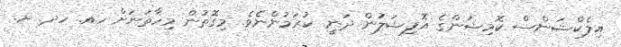
އިލެކްޝަންސް ކޮމިޝަންގެ އޮފިޝަލުން ދަނީ ކުރަމުންނެވެ. މިގޮތުން މިހާތަނަށް ހއ. ހދ. ށ.